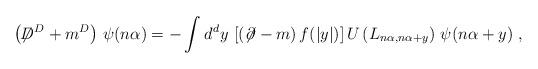
LaTeX: \begin{align*}\left(\not\!\! D^{D} + m^{D}\right)\, \psi (n\alpha )= -\int_{}^{} d^{d}y\, \left[(\not\!\partial - m)\, f(|y|)\right] U\left(L_{n\alpha,n\alpha + y}\right)\, \psi (n\alpha + y) \; ,\end{align*}